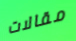
مقالات